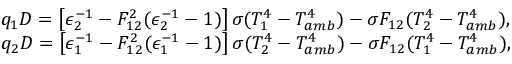
\begin{array} { r l } & { q _ { 1 } D = \left[ \epsilon _ { 2 } ^ { - 1 } - F _ { 1 2 } ^ { 2 } ( \epsilon _ { 2 } ^ { - 1 } - 1 ) \right] \sigma ( T _ { 1 } ^ { 4 } - T _ { a m b } ^ { 4 } ) - \sigma F _ { 1 2 } ( T _ { 2 } ^ { 4 } - T _ { a m b } ^ { 4 } ) { , } } \\ & { q _ { 2 } D = \left[ \epsilon _ { 1 } ^ { - 1 } - F _ { 1 2 } ^ { 2 } ( \epsilon _ { 1 } ^ { - 1 } - 1 ) \right] \sigma ( T _ { 2 } ^ { 4 } - T _ { a m b } ^ { 4 } ) - \sigma F _ { 1 2 } ( T _ { 1 } ^ { 4 } - T _ { a m b } ^ { 4 } ) { , } } \end{array}